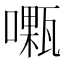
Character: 𠿜